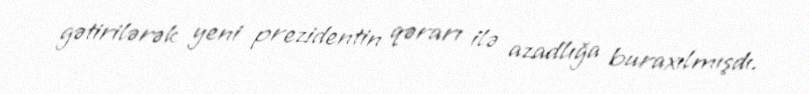
gətirilərək yeni prezidentin qərarı ilə azadlığa buraxılmışdı.